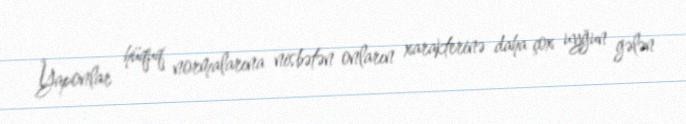
Yaponlar hüquq normalarına nisbətən onların xarakterinə daha çox uyğun gələn